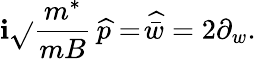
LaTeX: \mathbf{i}\sqrt{}{{\frac{{m^{*}}}{{mB}}}}\, \widehat{{p}}=\widehat{{\! \bar{{w}}}}=2\partial_{w}.